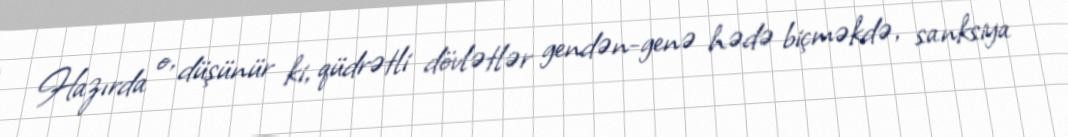
Hazırda o, düşünür ki, qüdrətli dövlətlər gendən-genə hədə biçməkdə, sanksiya